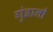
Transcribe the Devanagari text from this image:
गुंडानी